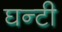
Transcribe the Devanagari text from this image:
घन्टी